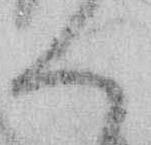
へ